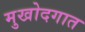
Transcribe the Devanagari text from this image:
मुखोदगात